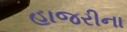
હાજરીના